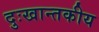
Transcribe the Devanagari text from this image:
दुःखान्तकीय